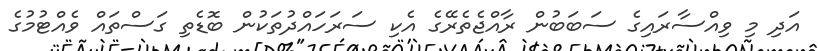
އަދި މި ވިއްސާރައިގެ ސަބަބުން ރާއްޖެތެރޭގެ އެކި ސަރަހައްދުތަކުން ބޮޑެތި ގަސްތައް ވެއްޓުމުގެ